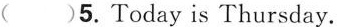
( )5. Today is Thursday.